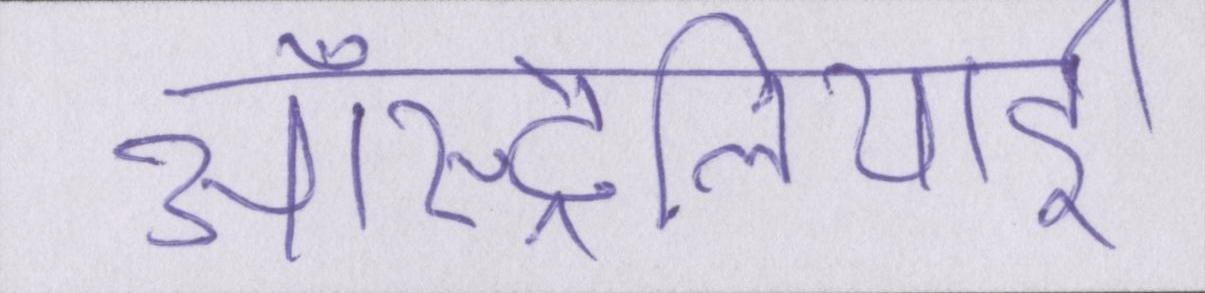
ऑस्ट्रेलियाई